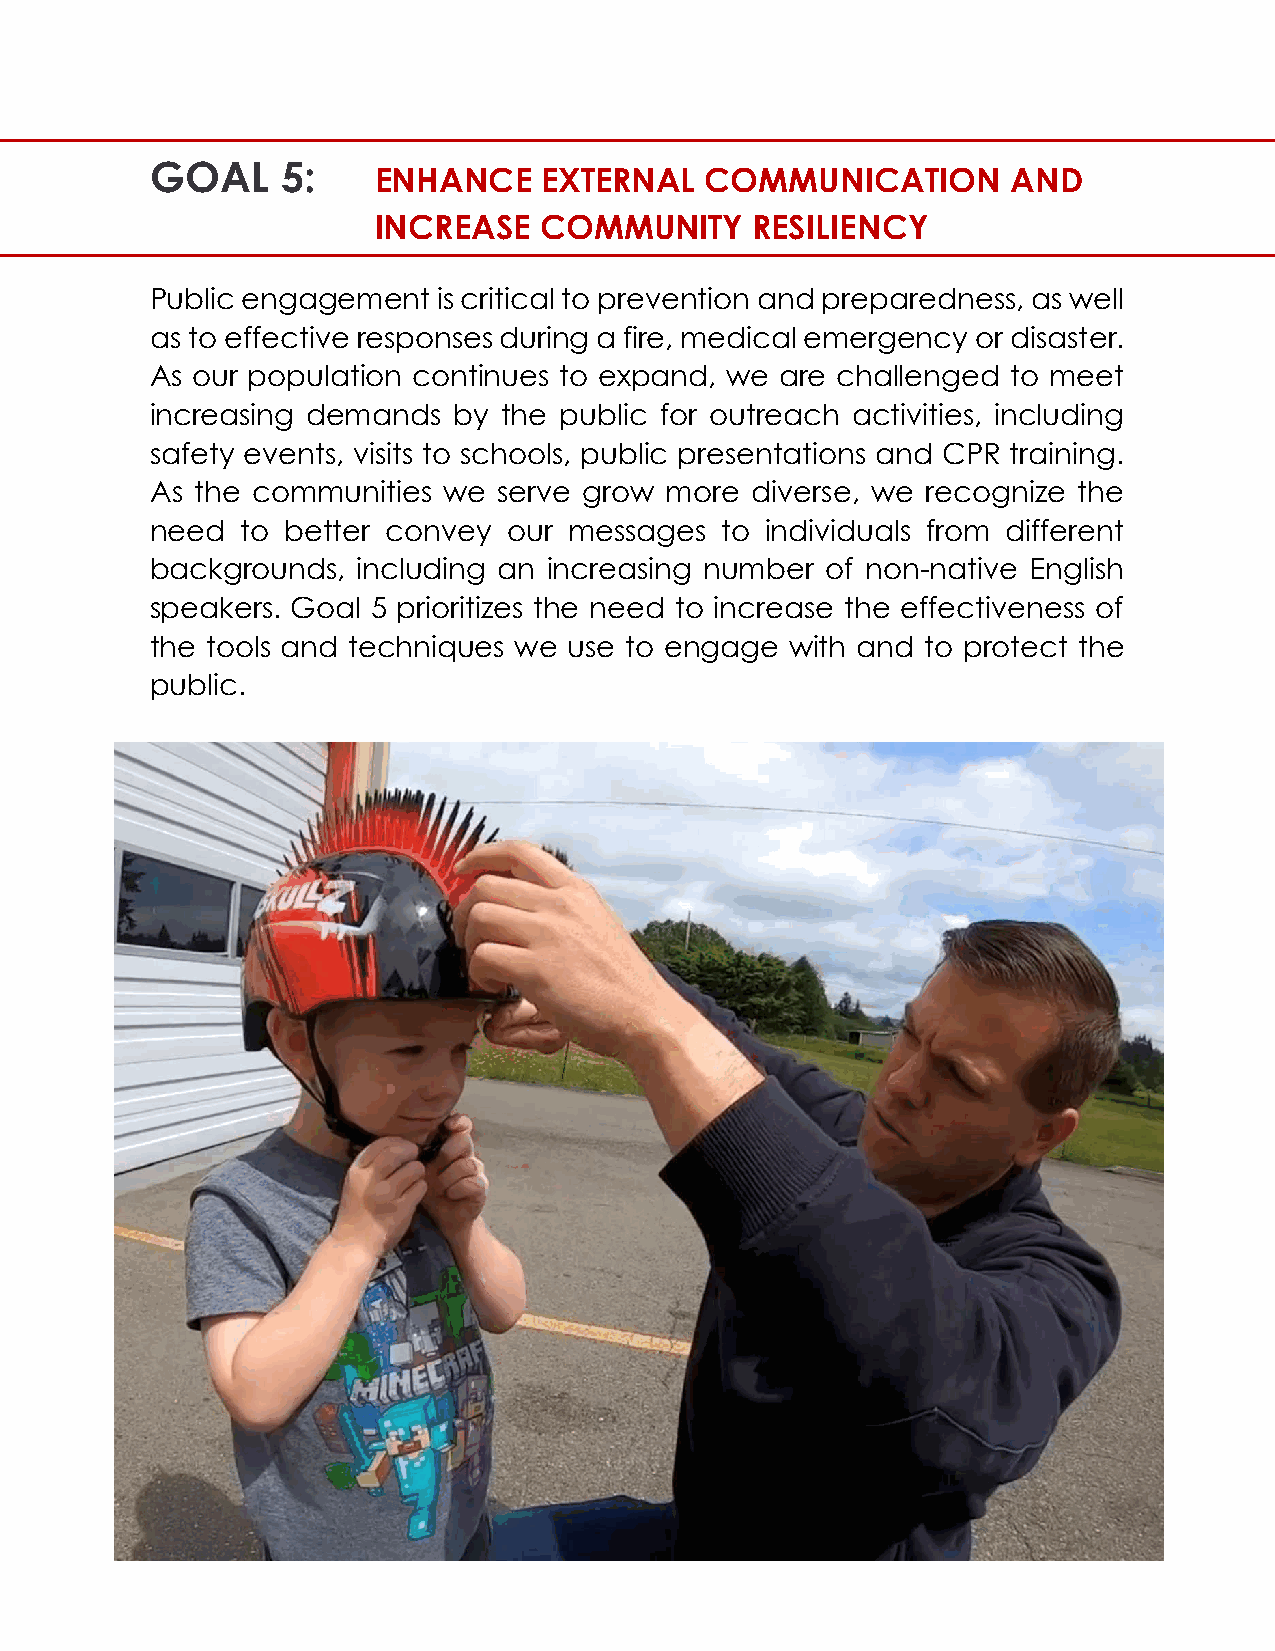
GOAL     5:
 ENHANCE    EXTERNAL   COMMUNICATION       AND
 INCREASE   COMMUNITY     RESILIENCY
 Public engagement  is critical to prevention and preparedness, as well
 as to effective responses during a fire, medical emergency or disaster.
 As our population continues to expand, we are challenged to meet
 increasing demands  by the public for outreach activities, including
 safety events, visits to schools, public presentations and CPR training.
 As the communities we  serve grow more  diverse, we recognize the
 need  to better convey  our messages  to individuals from different
 backgrounds,  including an increasing number of non-native English
 speakers. Goal 5 prioritizes the need to increase the effectiveness of
 the tools and techniques we use to engage with and to protect the
 public.
 32